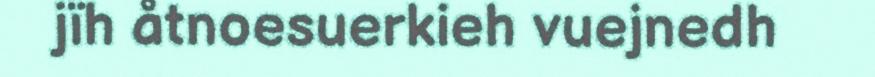
jïh åtnoesuerkieh vuejnedh